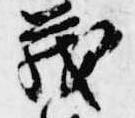
茂